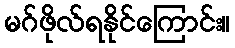
မဂ်ဖိုလ်ရနိုင်ကြောင်း။